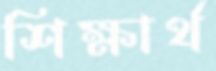
শিক্ষার্থ